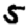
Digit: 5